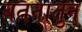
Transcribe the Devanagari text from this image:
वतनातुन